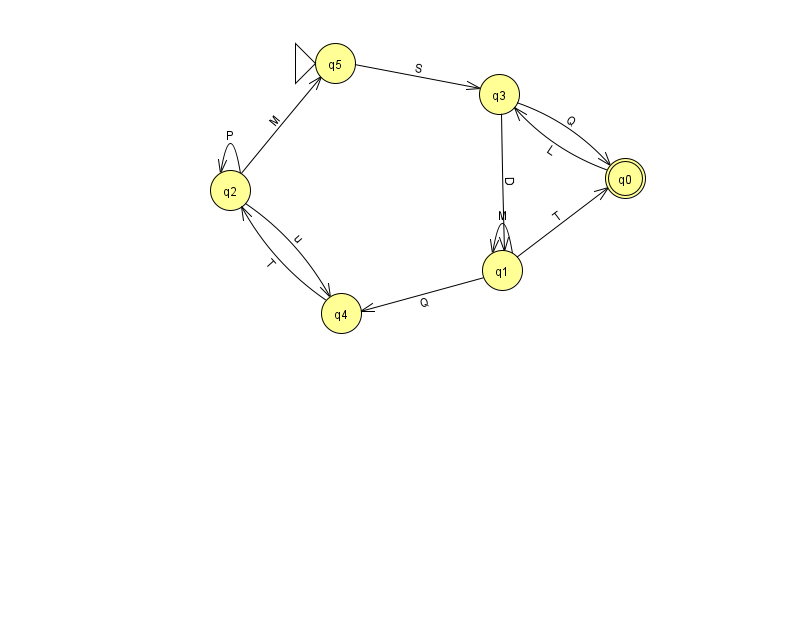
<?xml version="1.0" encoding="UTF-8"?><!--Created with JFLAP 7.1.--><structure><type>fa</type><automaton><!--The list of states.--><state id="0" name="q0"><x>625.0</x><y>165.0</y><final/></state><state id="1" name="q1"><x>502.0</x><y>257.0</y></state><state id="2" name="q2"><x>230.0</x><y>177.0</y></state><state id="3" name="q3"><x>499.0</x><y>81.0</y></state><state id="4" name="q4"><x>341.0</x><y>300.0</y></state><state id="5" name="q5"><x>335.0</x><y>50.0</y><initial/></state><!--The list of transitions.--><transition><from>2</from><to>2</to><read>P</read></transition><transition><from>1</from><to>0</to><read>T</read></transition><transition><from>2</from><to>4</to><read>u</read></transition><transition><from>4</from><to>2</to><read>T</read></transition><transition><from>5</from><to>3</to><read>S</read></transition><transition><from>2</from><to>5</to><read>M</read></transition><transition><from>3</from><to>0</to><read>Q</read></transition><transition><from>3</from><to>1</to><read>D</read></transition><transition><from>0</from><to>3</to><read>L</read></transition><transition><from>1</from><to>1</to><read>M</read></transition><transition><from>1</from><to>4</to><read>Q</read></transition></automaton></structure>